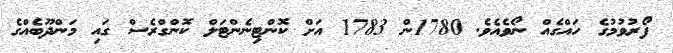
ފޯރުވުމުގެ ހައްގެއް ނޯވެއެވެ. 1780ން 1783 އަށް ކޮންޓިނެންޓަލް ކޮންގްރެސް ގައި މަންދޫބެއްގެ